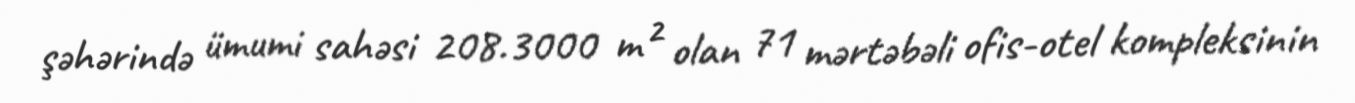
şəhərində ümumi sahəsi 208.3000 m² olan 71 mərtəbəli ofis-otel kompleksinin